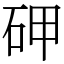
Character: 𥑐